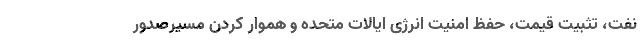
نفت، تثبیت قیمت، حفظ امنیت انرژی ایالات متحده و هموار کردن مسیرصدور